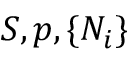
S , p , \{ N _ { i } \}